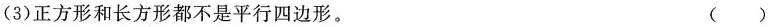
(3)正方形和长方形都不是平行四边形。 ()